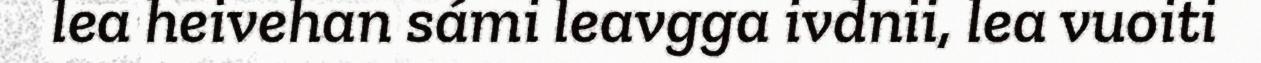
lea heivehan sámi leavgga ivdnii, lea vuoiti